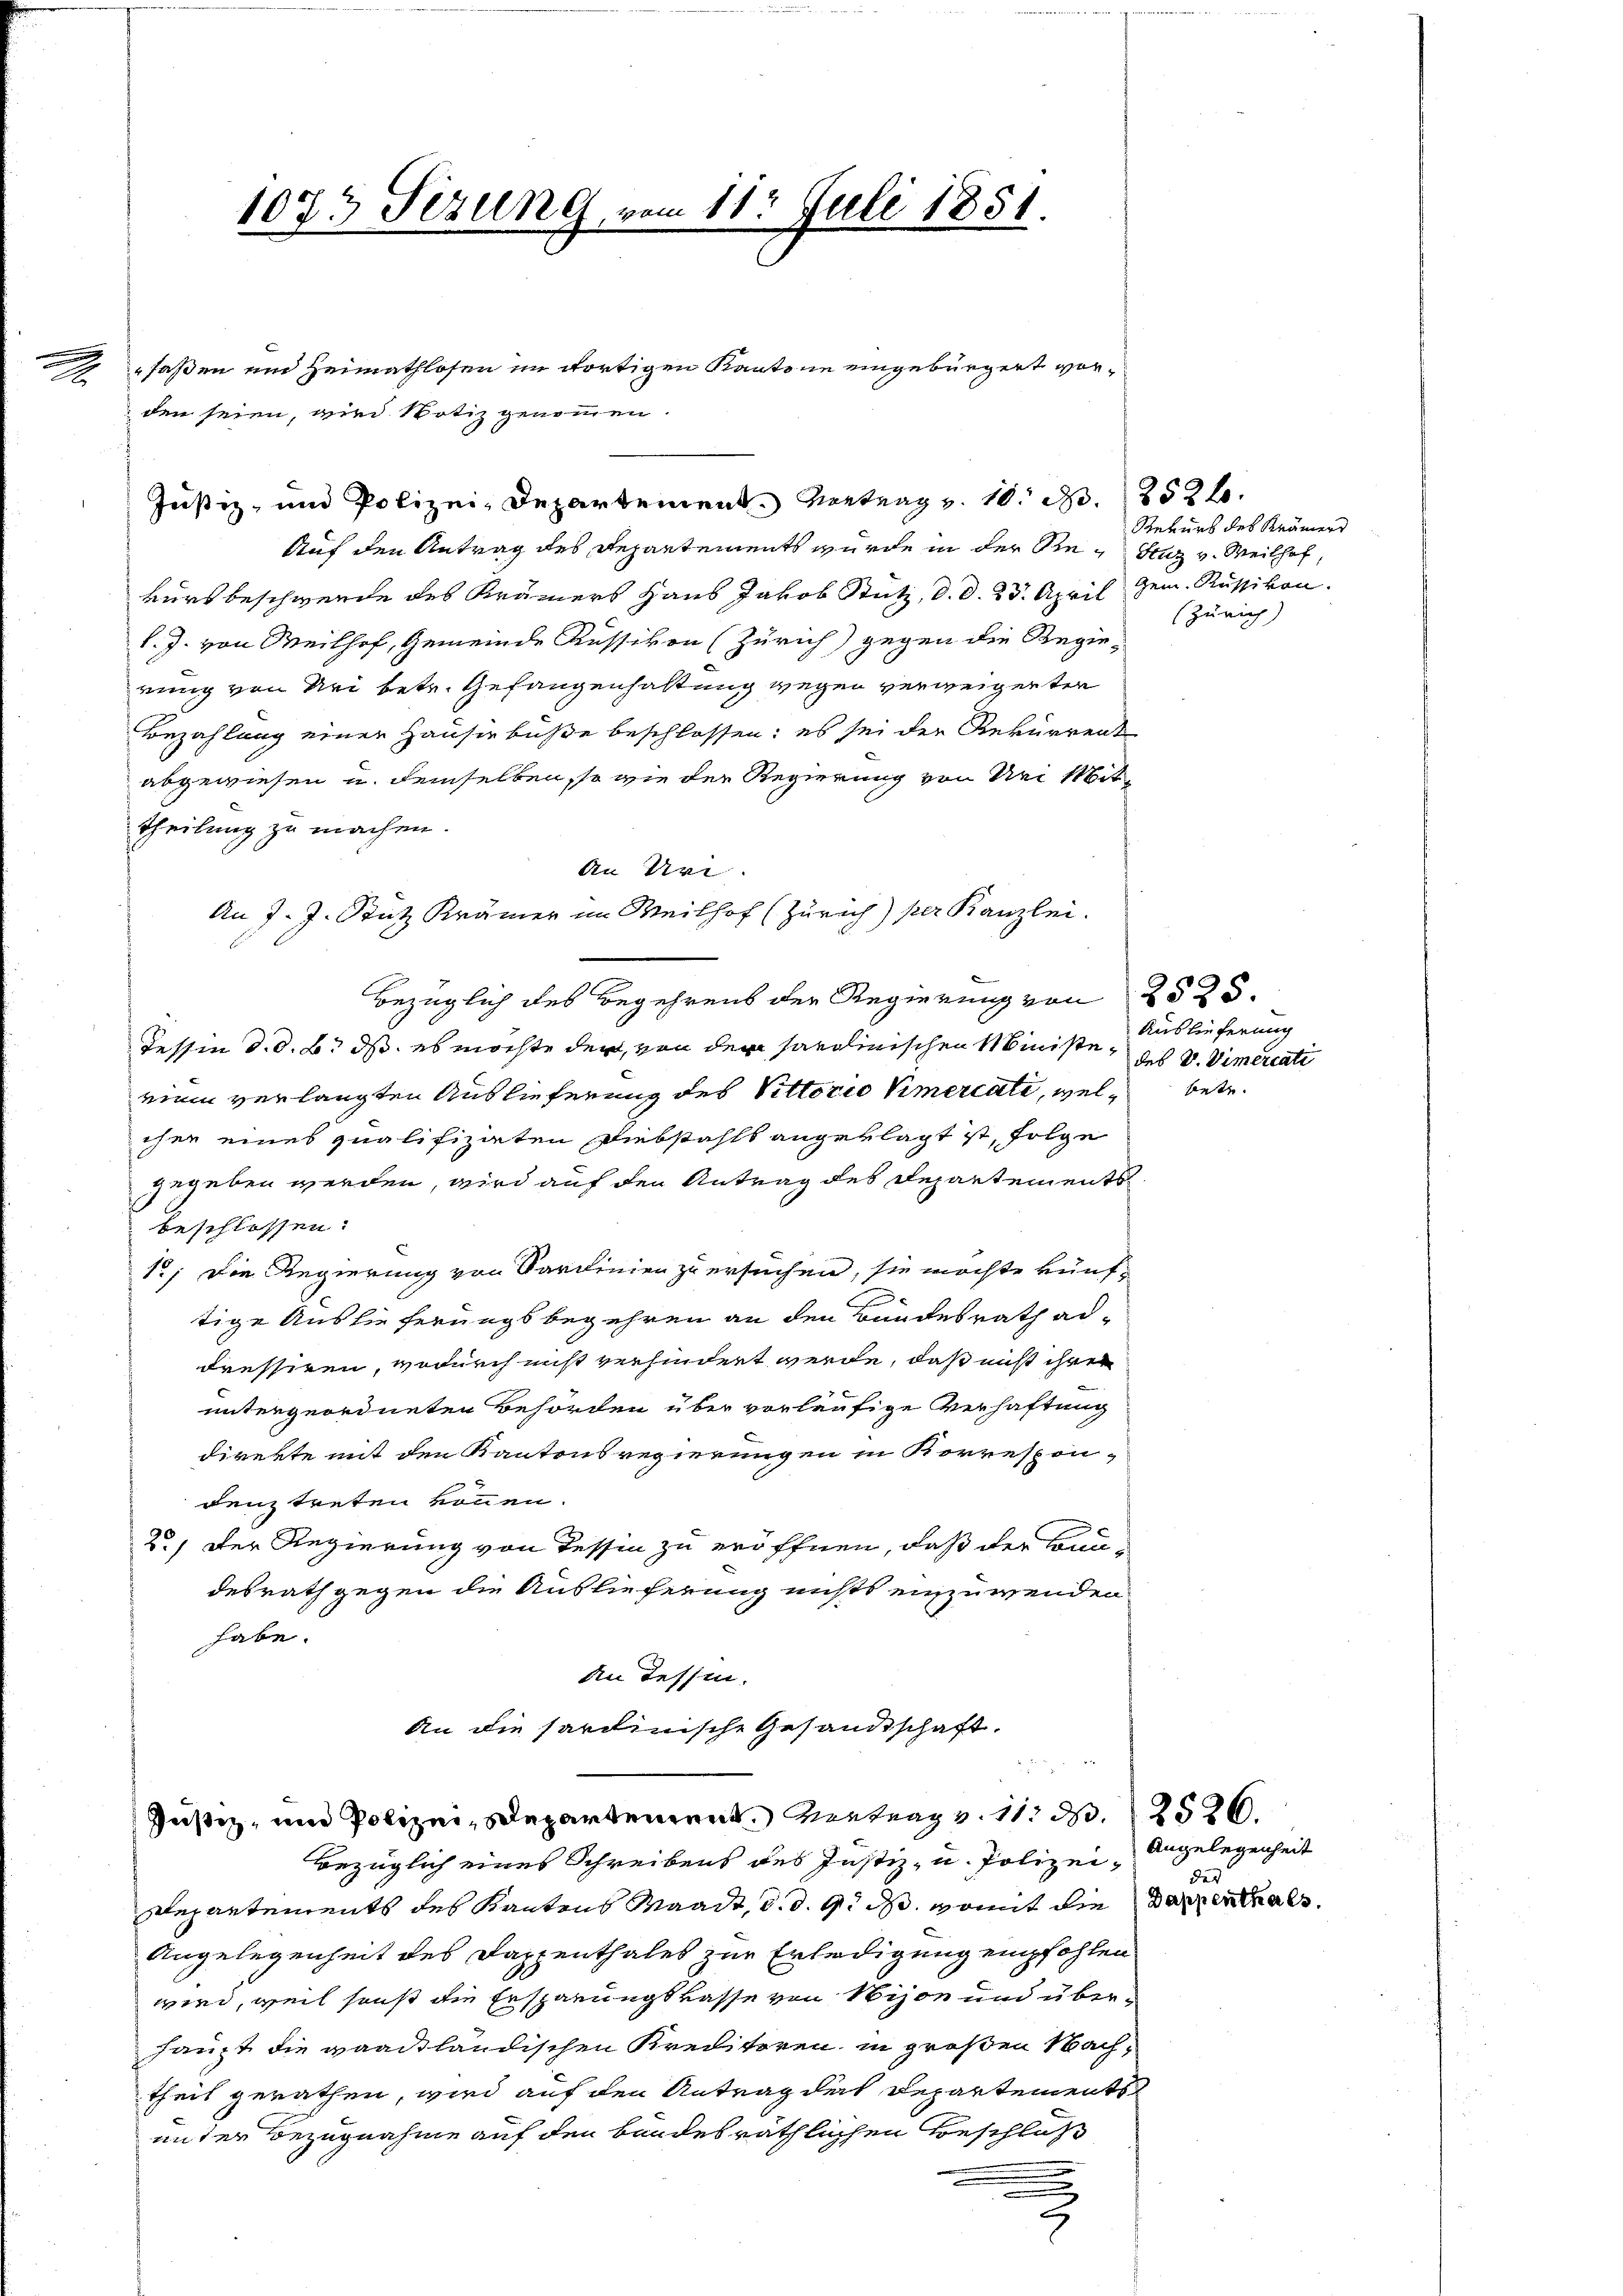
a

faßen ein Heimathlosen im dortigen Kantone eingebürgert vorden seien, wird Notiz genommen.
Justiz- und Polizei-Departement. Vertrag v. 10. N. 252 f.
Auf den Antrag des Departements wurde in der Re¬ Suz v. Weilhof,
kursbeschwerde des Krämers Haus Jakob Stutz, d. d. 25. April Gem. Russikon.
l. J. von Weilhof, Gemeinde Russiven (Zürich) gegen die Regierung von Uri betr. Gefangenhaltung wegen verweigenten
Bezahlung einer Hauser buße beschlossen: es sei der Rekurrent
abgewiesen u. demselben, so wie der Regierung von Nei Mit¬
Theilung zu machen.
An Uri.
An J. J. Stutz Krämer im Weilhof (Zürich) per Kanzlei.
Bezüglich des Begehrens der Regierung von 2525.
Tessin d. d. B. ds. es möchte der von der sarolinischen Ministe, des v. Vimercati
rini verlangten Auslieferung des Vittorio Vimercate, wel betr.
iher eines qualifizierten Diebstahls angeklagt ist, folge
gegeben werden, wird auf den Antrag des Departements
beschlossen:
1; Die Regierung von Sardinien zu ersuchen, sie möchte künfe
tige Auslieferungsbegehren an den Bundesrath addressiren, wodurch nicht verhindert werde, daß nicht ihrer
untergeordneten Behörden über vorläufige Verhaftung
direkte mit den Kantonsregierungen in Korrespon-
denz treten können.
2.) Der Regierung von dessen zu eröffnen, daß der Bau-
desrath gegen die Auslieferung nichts einzuwenden
habe.
An Tessin.
An die sardinische Gesandtschaft.

1073 Sezung, vom 11t Juli 1851.

22
Justiz, und Polizei, Departement. Vertrag v. 11. d. 2526.

Rekurs des Krämers
(Zürich)

Bezüglich eines Schreibens des Justiz- u. Polizei- Angelegenheit
Departements des Kantons Waadt, d. d. 9. d. womit die Dappenthals
Angelegenheit des Dappenthales zur Erledigung empfohlen
wird, weil sonst die Ersparungskasse von Nison und überhaupt die vaackländischen Kreditoren in großen Nachtheil gerathen, wird auf den Antrag des Departements
unter Bezugnahme auf den Bundesräthlichen Beschloß
u

Auslieferung

des